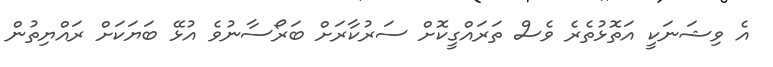
އެ ވިޝަނަކީ އަތޮޅުތެރެ ވެސް ތަރައްގީކޮށް ސަރުކާރަށް ބަރޯސާނުވެ އުޅޭ ބަޔަކަށް ރައްޔިތުން